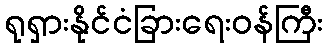
ရုရှားနိုင်ငံခြားရေးဝန်ကြီး